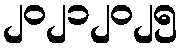
၂၀၂၁၂၀၂၅